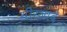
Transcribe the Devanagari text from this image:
मीरजादे